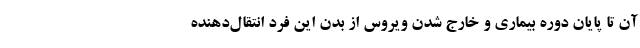
آن تا پایان دوره بیماری و خارج شدن ویروس از بدن این فرد انتقال‌دهنده